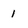
Character: 1